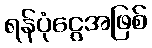
ရန်ပုံငွေအဖြစ်